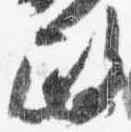
政